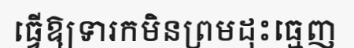
ធ្វើឱ្យទារកមិនព្រមដុះធ្មេញ